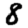
Digit: 8